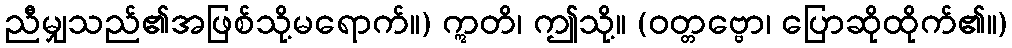
ညီမျှသည်၏အဖြစ်သို့မရောက်။) ဣတိ၊ ဤသို့။ (ဝတ္တဗ္ဗော၊ ပြောဆိုထိုက်၏။)